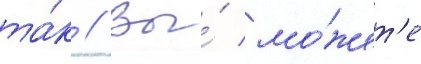
та́к // Вы́ мо́жет'е